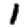
Digit: 1